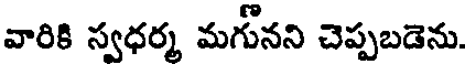
వారికి స్వధర్మ మగునని చెప్పబడెను.